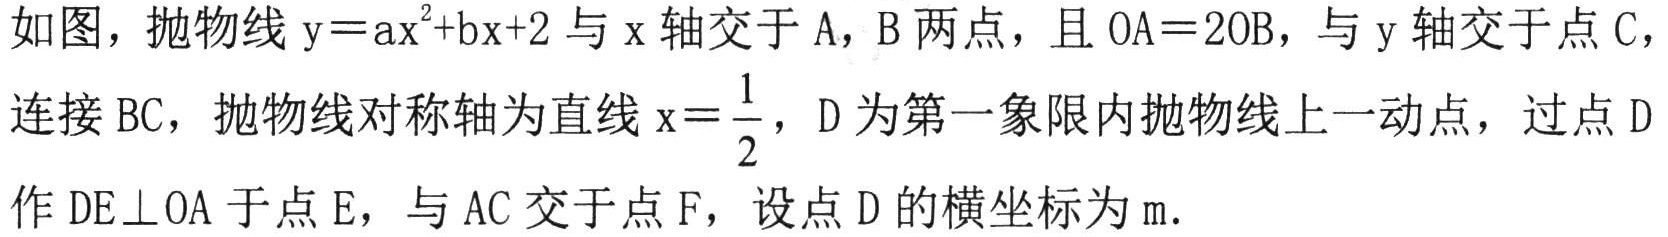
如图，抛物线\(y = ax^{2}+bx + 2\)与\(x\)轴交于\(A\)，\(B\)两点，且\(OA = 2OB\)，与\(y\)轴交于点\(C\)，连接\(BC\)，抛物线对称轴为直线\(x=\frac{1}{2}\)，\(D\)为第一象限内抛物线上一动点，过点\(D\)作\(DE\perp OA\)于点\(E\)，与\(AC\)交于点\(F\)，设点\(D\)的横坐标为\(m\)．